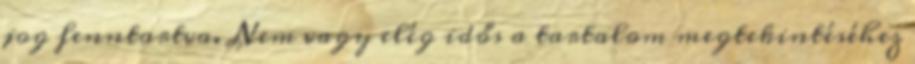
jog fenntartva. Nem vagy elég idős a tartalom megtekintéséhez